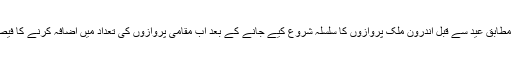
تفصیلات کے مطابق عید سے قبل اندرون ملک پروازوں کا سلسلہ شروع کیے جانے کے بعد اب مقامی پروازوں کی تعداد میں اضافہ کرنے کا فیصلہ کیا گیا ہے۔